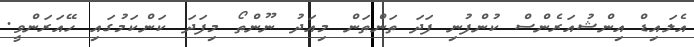
އެލައިޑް އިންޝުއަރެންސް ކުންފުނި ފަދަ ތަންތަން މިއަދު ނޫންތޯ މިފަދަ ކަންކަމުގައި ހޭއަރަންވީ.